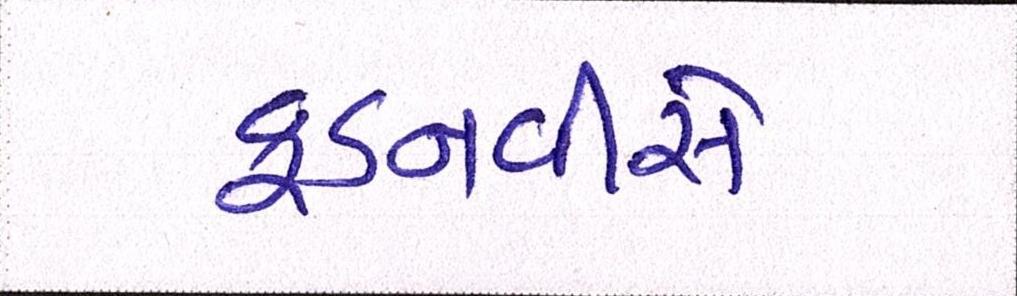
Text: ફડનવીસે